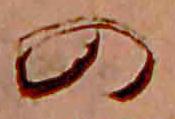
の